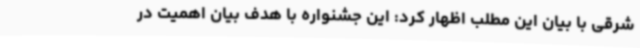
شرقی با بیان این مطلب اظهار کرد: این جشنواره با هدف بیان اهمیت در